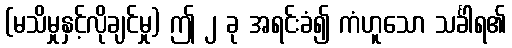
(မသိမှုနှင့်လိုချင်မှု) ဤ ၂ ခု အရင်းခံ၍ ကံဟူသော သင်္ခါရ၏